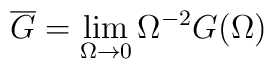
\overline G = \lim_{\Omega\to 0} \Omega^{-2} G(\Omega)